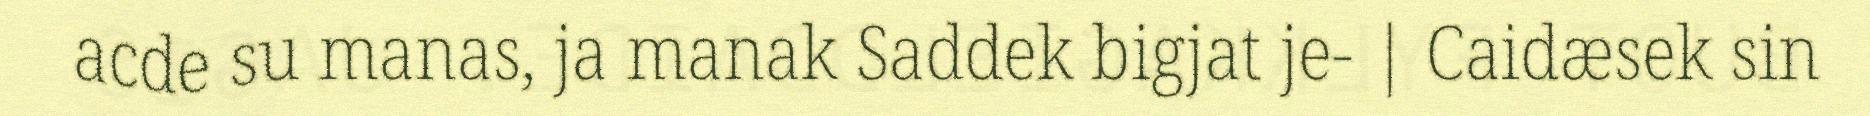
acde su manas, ja manak Saddek bigjat je- | Caidæsek sin